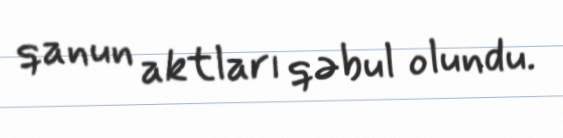
qanun aktları qəbul olundu.